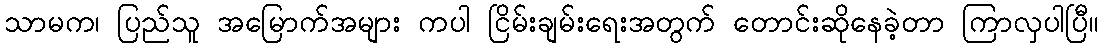
သာမက၊ ပြည်သူ အမြောက်အများ ကပါ ငြိမ်းချမ်းရေးအတွက် တောင်းဆိုနေခဲ့တာ ကြာလှပါပြီ။